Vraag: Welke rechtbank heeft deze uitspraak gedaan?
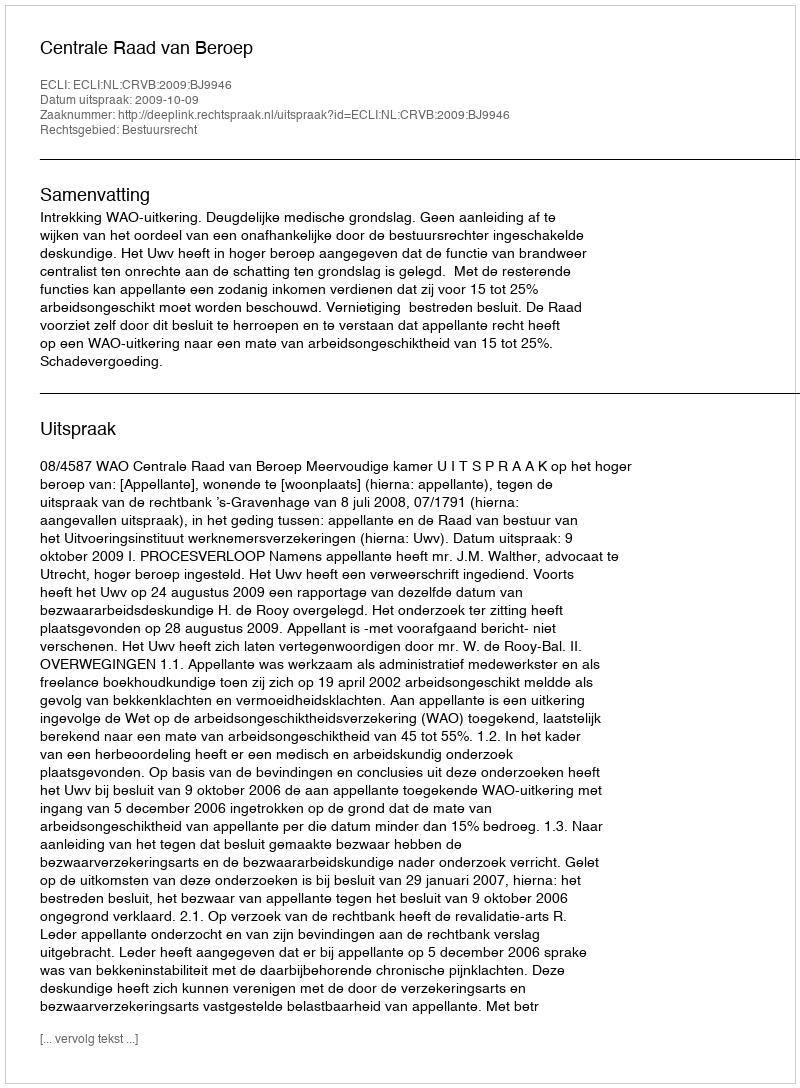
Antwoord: Centrale Raad van Beroep